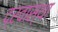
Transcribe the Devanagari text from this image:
द्रवास्था